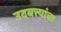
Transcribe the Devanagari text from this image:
उदबत्त्यांचा